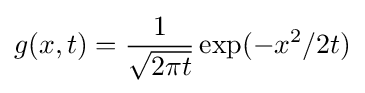
g(x,t)={\frac {1}{\sqrt {2\pi t}}}\exp({-x^{2}/2t})